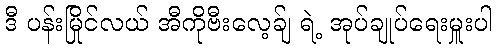
ဒီ ပန်းမြိုင်လယ် အီကိုဗီးလေ့ခ်ျ ရဲ့ အုပ်ချုပ်ရေးမှူးပါ